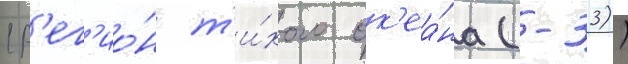
(р'ег'ио́н т'и́хого ок'еа́на (-33))